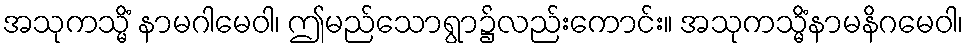
အသုကသ္မိံ နာမဂါမေဝါ၊ ဤမည်သောရွာ၌လည်းကောင်း။ အသုကသ္မိံနာမနိဂမေဝါ၊